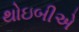
થોઇબીએ